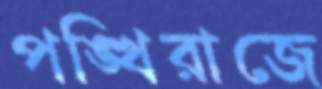
পঙ্খিরাজে